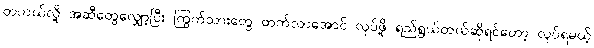
တကယ်လို့ အဆီတွေလျှော့ပြီး ကြွက်သားတွေ တက်လာအောင် လုပ်ဖို့ ရည်ရွယ်တယ်ဆိုရင်တော့ လုပ်ရမယ့်